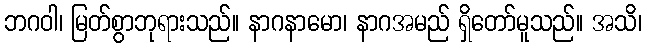
ဘဂဝါ၊ မြတ်စွာဘုရားသည်။ နာဂနာမော၊ နာဂအမည် ရှိတော်မူသည်။ အသိ၊